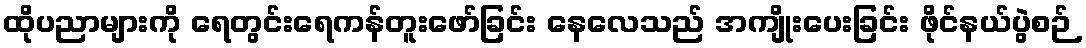
ထိုပညာများကို ရေတွင်းရေကန်တူးဖော်ခြင်း နေလေသည် အကျိုးပေးခြင်း ဖိုင်နယ်ပွဲစဉ်